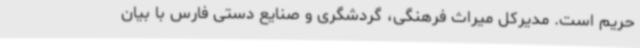
حریم است. مدیرکل میراث فرهنگی، گردشگری و صنایع‌ دستی فارس با بیان